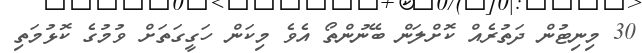
30 މިނިޓުން ދަތުރެއް ކޮށްލަން ބޭނުންތޯ އެވެ މިކަން ހަގީގަތަށް ވުމުގެ ކޮޅުމަތި